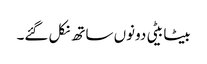
بیٹا بیٹی دونوں ساتھ نکل گئے۔